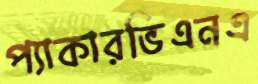
প্যাকারভিএনএ